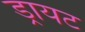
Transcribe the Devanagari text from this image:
ड्रायट